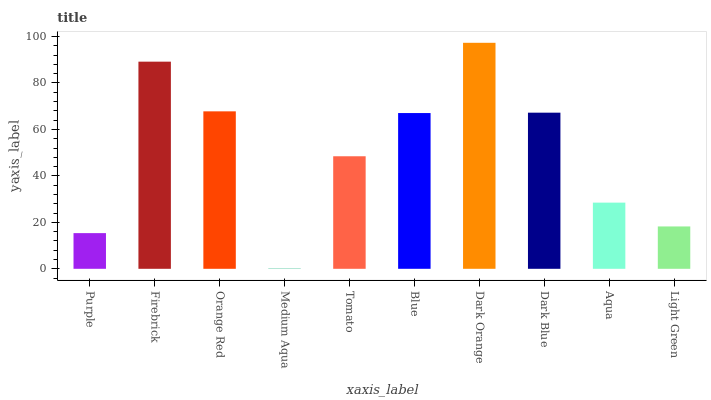
| xaxis_label | bars |
 | --- | --- |
 | Purple | 15.4 |
 | Firebrick | 89.2 |
 | Orange Red | 67.8 |
 | Medium Aqua | 0.209 |
 | Tomato | 48.5 |
 | Blue | 67.1 |
 | Dark Orange | 97.3 |
 | Dark Blue | 67.2 |
 | Aqua | 28.5 |
 | Light Green | 18.2 |